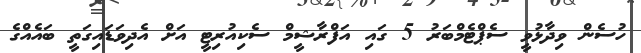
ހުސެން ވިދާޅުވީ ސެޕްޓެމްބަރު 5 ގައި އަފްރާޝީމް ސެކިއުރިޓީ އަށް އެދިވަޑައިގަތީ ބައެއްގެ